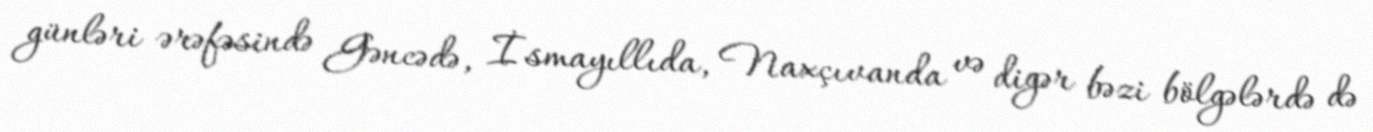
günləri ərəfəsində Gəncədə, İsmayıllıda, Naxçıvanda və digər bəzi bölgələrdə də